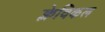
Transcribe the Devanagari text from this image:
क्लेविकल